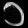
Digit: ၁